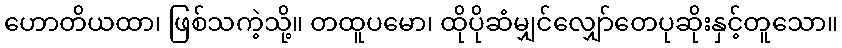
ဟောတိယထာ၊ ဖြစ်သကဲ့သို့။ တထူပမော၊ ထိုပိုဆံမျှင်လျှော်တေပုဆိုးနှင့်တူသော။